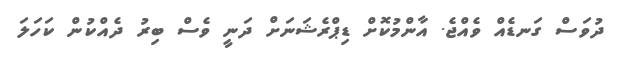
ދުވަސް ގަނޑެއް ވެއްޖެ. އާންމުކޮށް ޑިޕްރެޝަނަށް ދަނީ ވެސް ބިރު ދެއްކުން ކަހަލަ